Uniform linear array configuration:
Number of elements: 48
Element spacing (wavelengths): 0.5
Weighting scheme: blackman
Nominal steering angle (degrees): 0
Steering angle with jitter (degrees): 1.444
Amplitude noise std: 0.05
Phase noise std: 0.05

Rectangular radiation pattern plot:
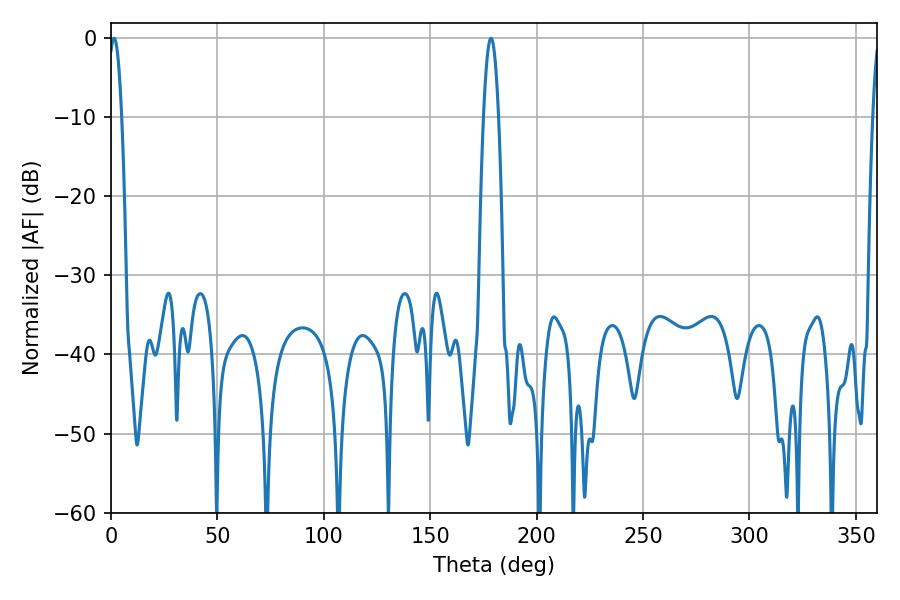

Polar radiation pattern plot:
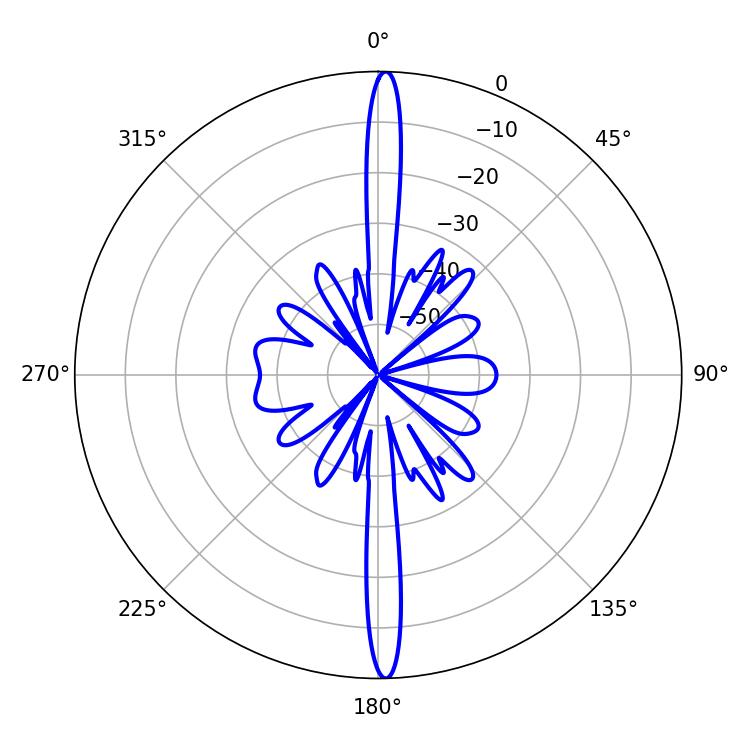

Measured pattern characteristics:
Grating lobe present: FALSE
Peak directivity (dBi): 27.282
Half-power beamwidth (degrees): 3.42
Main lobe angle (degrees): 1.44